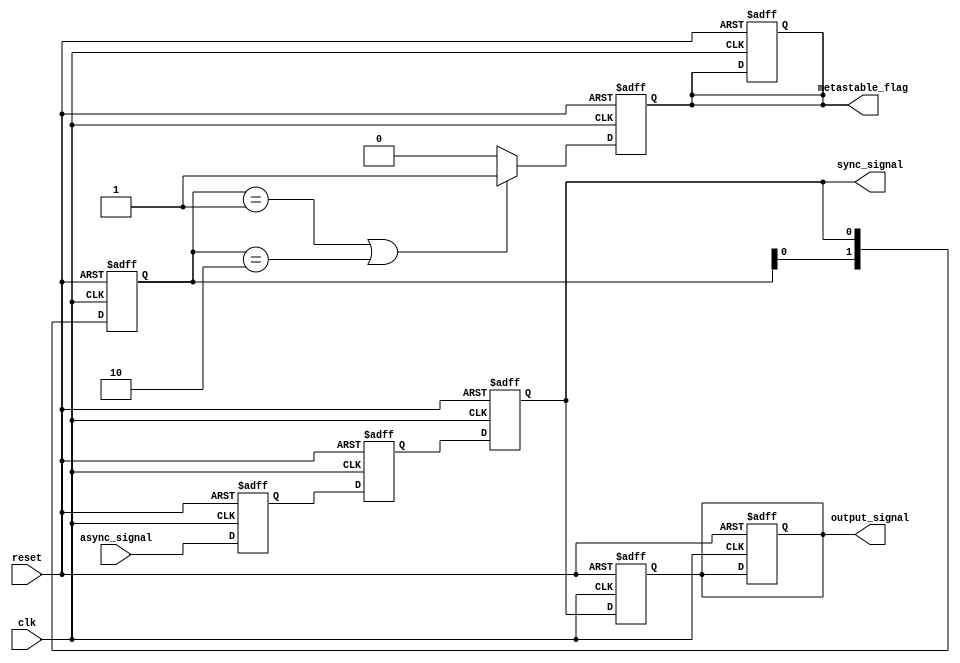
module metastability_detector (
    input wire clk,                // Clock signal
    input wire reset,              // Reset signal
    input wire async_signal,       // Asynchronous input signal
    output reg sync_signal,        // Synchronized output signal
    output reg metastable_flag,    // Metastability indicator
    output reg output_signal        // Final output signal
);

    // Internal signals for synchronization
    reg sync_ff1;                  // First flip-flop output
    reg sync_ff2;                  // Second flip-flop output

    // Parameters for timing analysis
    parameter METASTABILITY_WINDOW = 2; // Define a window for metastability detection

    // Synchronization process
    always @(posedge clk or posedge reset) begin
        if (reset) begin
            sync_ff1 <= 1'b0;
            sync_ff2 <= 1'b0;
            sync_signal <= 1'b0;
            metastable_flag <= 1'b0;
            output_signal <= 1'b0;
        end else begin
            // First stage of synchronization
            sync_ff1 <= async_signal;
            // Second stage of synchronization
            sync_ff2 <= sync_ff1;
            // Output signal is the synchronized signal
            sync_signal <= sync_ff2;
        end
    end

    // Metastability detection logic
    reg [1:0] sync_history;        // History of sync_signal for metastability detection

    always @(posedge clk or posedge reset) begin
        if (reset) begin
            sync_history <= 2'b00;
            metastable_flag <= 1'b0;
        end else begin
            // Shift the history of sync_signal
            sync_history <= {sync_history[0], sync_signal};
            // Detect metastability condition
            if (sync_history == 2'b01 || sync_history == 2'b10) begin
                metastable_flag <= 1'b1; // Indicate a metastability condition
            end else begin
                metastable_flag <= 1'b0; // Clear the flag if no metastability detected
            end
        end
    end

    // Final output signal generation
    always @(posedge clk or posedge reset) begin
        if (reset) begin
            output_signal <= 1'b0;
        end else begin
            output_signal <= sync_signal; // Final output is the synchronized signal
        end
    end

endmodule